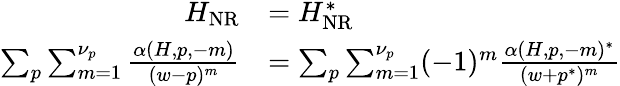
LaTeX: \begin{array}{r}{\begin{array}{rl}{H_{\mathrm{NR}}}&{=H_{\mathrm{NR}}^{*}}\\ {\sum_{p}\sum_{m=1}^{\nu_{p}}\frac{\alpha(H,p,-m)}{(w-p)^{m}}}&{=\sum_{p}\sum_{m=1}^{\nu_{p}}(-1)^{m}\frac{\alpha(H,p,-m)^{*}}{(w+p^{*})^{m}}}\end{array}}\end{array}